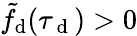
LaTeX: \tilde{f}_{\mathrm{d}}(\tau_{\mathrm{~d~}})>0